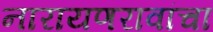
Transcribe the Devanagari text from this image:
नारायणरावांचा